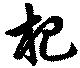
杷